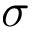
\sigma